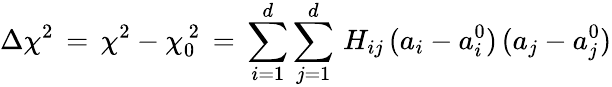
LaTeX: \Delta\chi^{2}\, =\, \chi^{2}-\chi_{0}^{\, 2}\, =\, \sum_{i=1}^{d}\sum_{j=1}^{d}\, H_{ij}\, (a_{i}-a_{i}^{0})\, (a_{j}-a_{j}^{0})